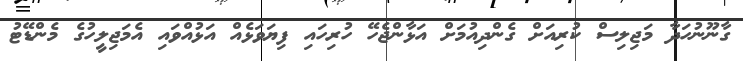
ގާނޫނުހަދާ މަޖިލިސް ކުރިއަށް ގެންދިއުމަށް އަޅާންޖެހޭ ހުރިހައި ފިޔަވަޅެއް އަޅުއްވައި އެމަޖިލީހުގެ މެންޑޭޓު